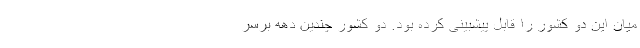
میان این دو کشور را قابل پیشبینی کرده بود. دو کشور چندین دهه برسر